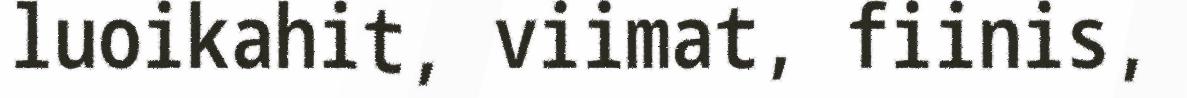
luoikahit, viimat, fiinis,